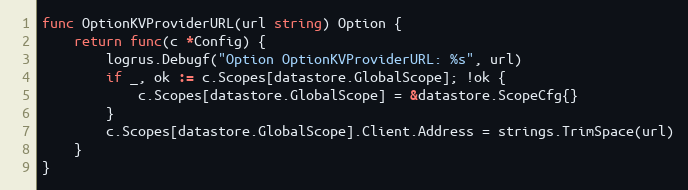
Language: Go
func OptionKVProviderURL(url string) Option {
	return func(c *Config) {
		logrus.Debugf("Option OptionKVProviderURL: %s", url)
		if _, ok := c.Scopes[datastore.GlobalScope]; !ok {
			c.Scopes[datastore.GlobalScope] = &datastore.ScopeCfg{}
		}
		c.Scopes[datastore.GlobalScope].Client.Address = strings.TrimSpace(url)
	}
}